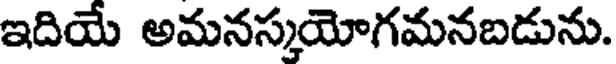
ఇదియే అమనస్కయోగమనబడును.